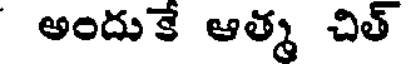
అందుకే ఆత్మ చిత్